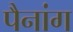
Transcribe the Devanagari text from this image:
पैनांग